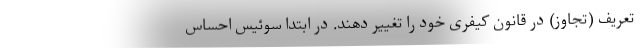
تعریف (تجاوز) در قانون کیفری خود را تغییر دهند. در ابتدا سوئیس احساس